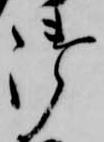
御